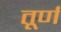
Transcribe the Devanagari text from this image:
तूर्ण